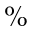
\%